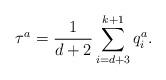
LaTeX: \begin{align*}\tau ^{a}=\frac{{1}}{d+2}\sum_{i=d+3}^{k+1}q_{i}^{a}.\end{align*}